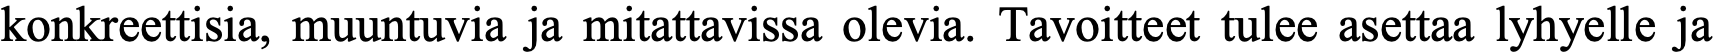
konkreettisia, muuntuvia ja mitattavissa olevia. Tavoitteet tulee asettaa lyhyelle ja